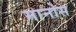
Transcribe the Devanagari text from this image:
मानोस